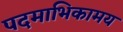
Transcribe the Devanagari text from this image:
पदमाभिकामय